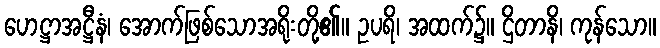
ဟေဋ္ဌာအဋ္ဌီနံ၊ အောက်ဖြစ်သောအရိုးတို့၏။ ဥပရိ၊ အထက်၌။ ဌိတာနိ၊ ကုန်သော။